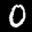
Label: 0